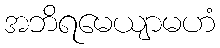
အဘိရမေယျာမဟံ